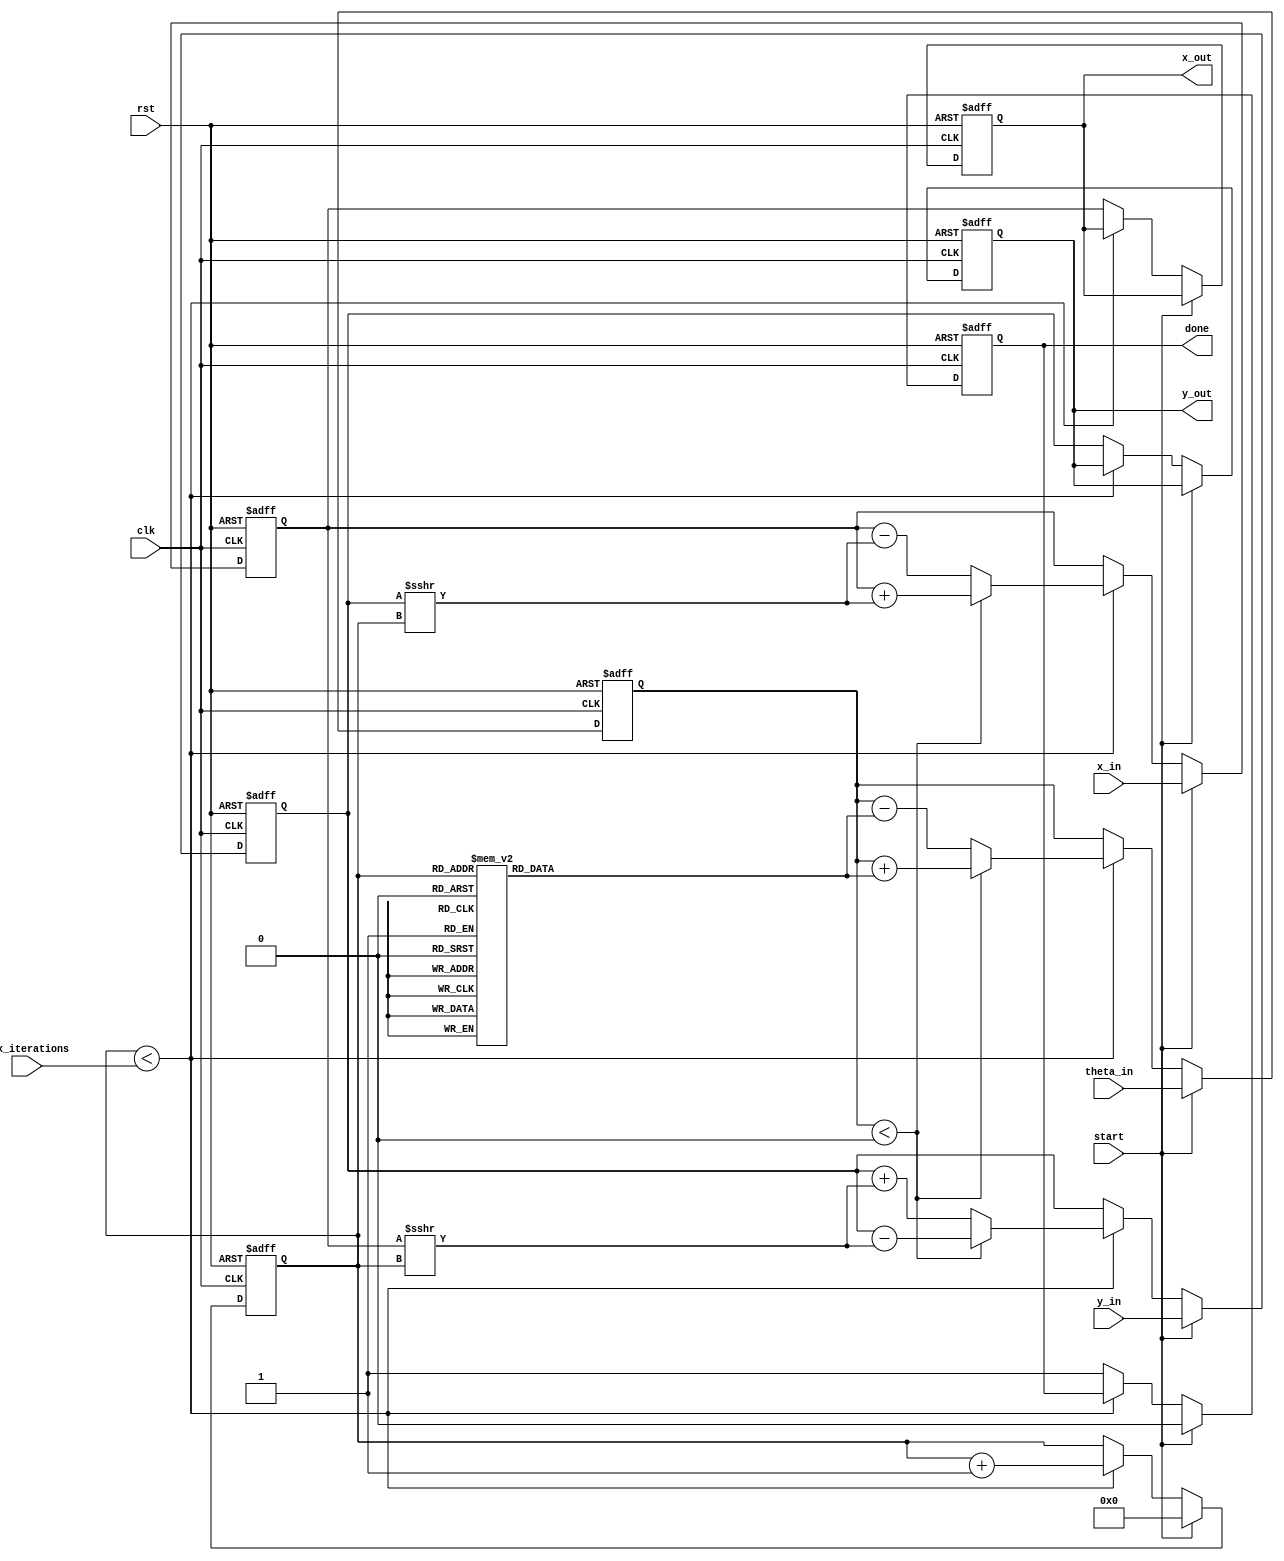
module adaptive_cordic (
    input clk,
    input rst,
    input start,
    input [15:0] x_in,         // Fixed-point input for x
    input [15:0] y_in,         // Fixed-point input for y
    input [15:0] theta_in,     // Fixed-point input for angle 
    input [3:0] max_iterations, // Maximum iterations for CORDIC
    output reg [15:0] x_out,    // Fixed-point output for x'
    output reg [15:0] y_out,    // Fixed-point output for y'
    output reg done             // Done signal
);

    // CORDIC constants
    reg [15:0] atan_table [0:15]; // Lookup table for atan(2^-i)
    reg [15:0] x, y, z;           // Internal variables

    integer i;                   // Iteration variable
    reg [3:0] iteration_count;   // Current iteration count

    initial begin
        // Initialize atan_table with precomputed values (in fixed-point format)
        atan_table[0] = 16'h4000; // atan(1) = 45 degrees
        atan_table[1] = 16'h2000; // atan(0.5) = 26.565 degrees
        atan_table[2] = 16'h13D6; // atan(0.25) = 14.036 degrees
        atan_table[3] = 16'h0A3D; // atan(0.125) = 7.125 degrees
        atan_table[4] = 16'h0513; // atan(0.0625) = 3.125 degrees
        atan_table[5] = 16'h0286; // atan(0.03125) = 1.563 degrees
        atan_table[6] = 16'h0143; // atan(0.015625) = 0.781 degrees
        atan_table[7] = 16'h00A2; // atan(0.0078125) = 0.390 degrees
        atan_table[8] = 16'h0051; // atan(0.00390625) = 0.195 degrees
        atan_table[9] = 16'h0028; // atan(0.001953125) = 0.098 degrees
        atan_table[10] = 16'h0014; // atan(0.0009765625) = 0.049 degrees
        atan_table[11] = 16'h000A; // atan(0.00048828125) = 0.024 degrees
        atan_table[12] = 16'h0005; // atan(0.000244140625) = 0.012 degrees
        atan_table[13] = 16'h0003; // atan(0.0001220703125) = 0.006 degrees
        atan_table[14] = 16'h0002; // atan(0.00006103515625) = 0.003 degrees
        atan_table[15] = 16'h0001; // atan(0.000030517578125) = 0.001 degrees
    end

    // Control Unit
    always @(posedge clk or posedge rst) begin
        if (rst) begin
            x <= 0;
            y <= 0;
            z <= 0;
            iteration_count <= 0;
            done <= 0;
            x_out <= 0;
            y_out <= 0;
        end else if (start) begin
            // Initialize inputs
            x <= x_in;
            y <= y_in;
            z <= theta_in;
            iteration_count <= 0;
            done <= 0;
        end else if (iteration_count < max_iterations) begin
            // CORDIC Iteration Block
            if (z < 0) begin
                // Rotate clockwise
                x <= x + (y >>> iteration_count);
                y <= y - (x >>> iteration_count);
                z <= z + atan_table[iteration_count];
            end else begin
                // Rotate counter-clockwise
                x <= x - (y >>> iteration_count);
                y <= y + (x >>> iteration_count);
                z <= z - atan_table[iteration_count];
            end
            iteration_count <= iteration_count + 1;
        end else begin
            // Output results after completion
            x_out <= x;
            y_out <= y;
            done <= 1;
        end
    end

endmodule